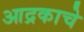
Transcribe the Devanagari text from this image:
आद्रकाचे